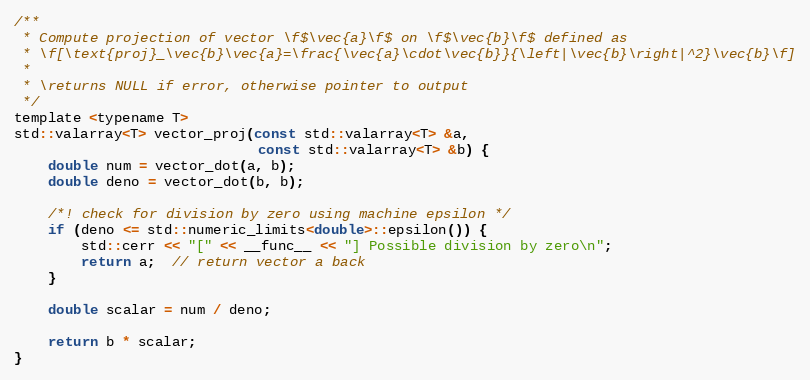
Language: C
/**
 * Compute projection of vector \f$\vec{a}\f$ on \f$\vec{b}\f$ defined as
 * \f[\text{proj}_\vec{b}\vec{a}=\frac{\vec{a}\cdot\vec{b}}{\left|\vec{b}\right|^2}\vec{b}\f]
 *
 * \returns NULL if error, otherwise pointer to output
 */
template <typename T>
std::valarray<T> vector_proj(const std::valarray<T> &a,
                             const std::valarray<T> &b) {
    double num = vector_dot(a, b);
    double deno = vector_dot(b, b);

    /*! check for division by zero using machine epsilon */
    if (deno <= std::numeric_limits<double>::epsilon()) {
        std::cerr << "[" << __func__ << "] Possible division by zero\n";
        return a;  // return vector a back
    }

    double scalar = num / deno;

    return b * scalar;
}